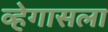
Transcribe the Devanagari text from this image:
व्हेगासला